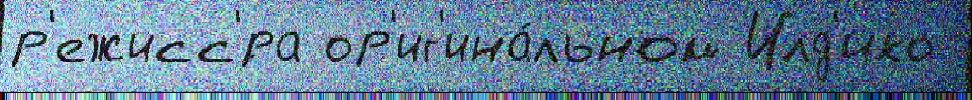
р'ежисс'́ра ор'иг'ина́льном Илд'ико